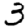
Digit: 3